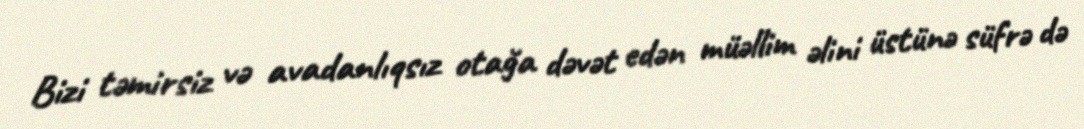
Bizi təmirsiz və avadanlıqsız otağa dəvət edən müəllim əlini üstünə süfrə də